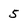
Character: 5